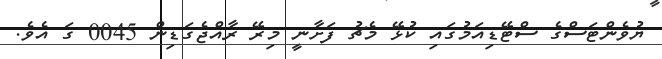
ޔުވެންޓަސްގެ ސްޓޭޑިއަމުގައި ކުޅޭ މެޗު ފަށާނީ މިރޭ ރާއްޖެގަޑިން 0045 ގަ އެވެ.